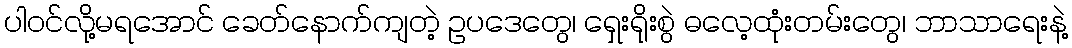
ပါဝင်လို့မရအောင် ခေတ်နောက်ကျတဲ့ ဥပဒေတွေ၊ ရှေးရိုးစွဲ ဓလေ့ထုံးတမ်းတွေ၊ ဘာသာရေးနဲ့